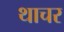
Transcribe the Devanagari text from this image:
थाचर